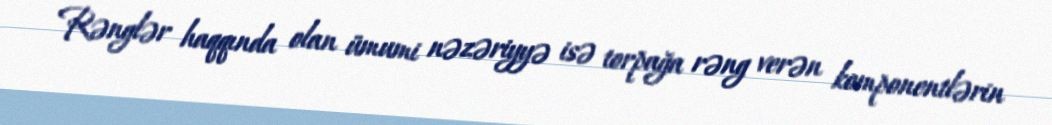
Rənglər haqqında olan ümumi nəzəriyyə isə torpağa rəng verən komponentlərin